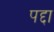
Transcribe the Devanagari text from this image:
पद्दा